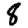
Digit: 8